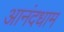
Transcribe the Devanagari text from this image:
आनंदधाम